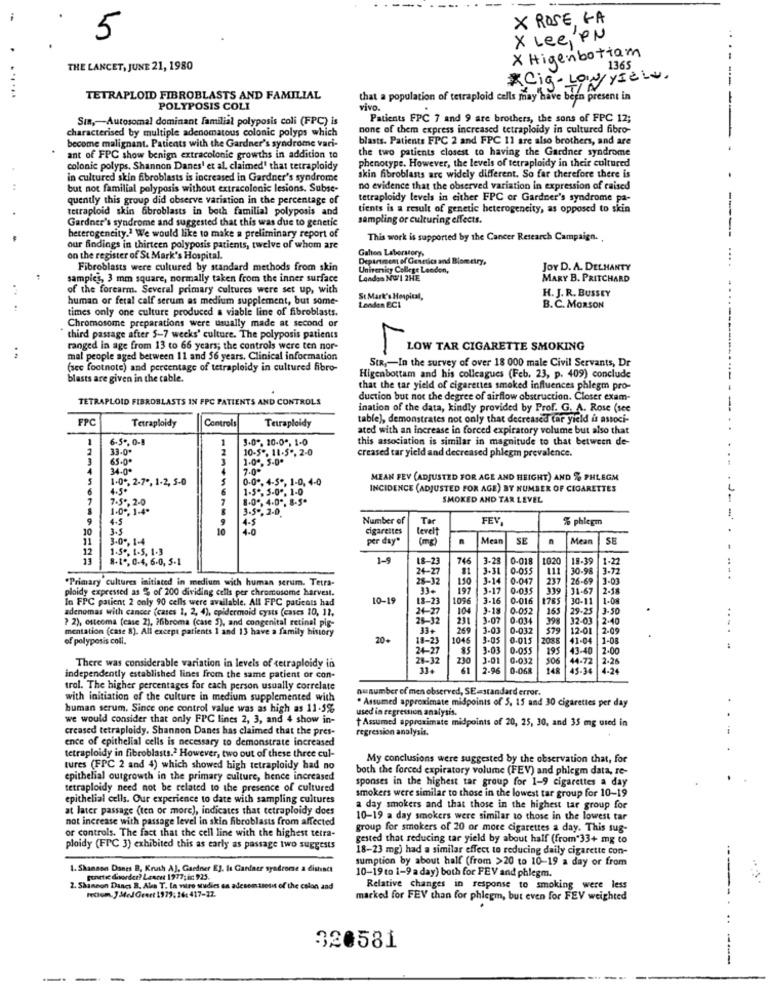
X ROSE, GA
5
X Lee, PN
.
X Higenbotiam
THE LANCET, JUNE 21, 1980
1365
*Cig -Low yield.
.... ....
TETRAPLOID FIBROBLASTS AND FAMILIAL
that a population of tetraploid cells may have been present in
POLYPOSIS COLI
vivo.
SIR ,- Autosomal dominant familial polyposis coli (FPC) is
Patients FPC 7 and 9 are brothers, the sons of FPC 12;
characterised by multiple adenomatous colonic polyps which
none of them express increased tetraploidy in cultured fibro-
blasts. Patients FPC 2 and FPC 11 are also brothers, and are
....-.-
become malignant. Patients with the Gardner's syndrome vari-
the two patients closest to having the Gardner syndrome
ant of FPC show benign extracolonie growths in addition to
phenotype. However, the levels of tetraploidy in their cultured
colonic polyps, Shannon Danes' et al. claimed' that tetraploidy
in cultured skin fibroblasts is increased in Gardner's syndrome
skin fibroblasts arc widely different. So far therefore there is
but not familial polyposis without extracolonic lesions. Subse-
no evidence that the observed variation in expression of raised
quently this group did observe variation in the percentage of
tetraploidy levels in either FPC or Gardner's syndrome pa-
tetraploid skin abroblasts in both familial polyposis and
tients is a result of genetic heterogeneity, as opposed to skin
Gardner's syndrome and suggested that this was due to genetic
sampling or culturing effects.
-----
heterogencity.1 We would like to make a preliminary report of
This work is supported by the Cancer Research Campaign.
our findings in thirteen polyposis patients, twelve of whom are
Galten Laboratory,
on the register of St. Mark's Hospital.
Department of Genetics and Blom ctry,
Fibroblasts were cultured by standard methods from skin
University College London,
JOY D. A. DELHANTY
....
samples, 3 mm square, normally taken from the inner surface
Landes NG/1 2HE
MARY B. PRITCHARD
of the forearm. Several primary cultures were set up, with
H. J. R. BUSSEY
..
human or fetal calf serum as medium supplement, but some-
St Mark's Hospital,
Landen ECI
times only one culture produced a viable line of fibroblasts.
B.C. MORSON
Chromosome preparations were usually made at second or
third passage after 5-7 weeks' culture. The polyposis patients
ranged in age from 13 to 66 years; the controls were ten nor-
LOW TAR CIGARETTE SMOKING
mal people aged between 11 and 56 years. Clinical information
SIR ,- In the survey of over 18 000 male Civil Servants, Dr
L
(scc footnote) and percentage of tetraploidy in cultured fibro-
blasts are given in the cable.
Higenbottam and his colleagues (Feb. 23, p. 409) conclude
that the tar yield of cigarettes smoked influences phlegm pro-
TETRAPLOID FIBROBLASTS IN FPC PATIENTS AND CONTROLS
duction but not the degree of airflow obstruction. Closer exam-
ination of the data, kindly provided by Prof. G. A. Rose (see
FPC
Tetraploidy
table), demonstrates not only that decreased tar yield is associ-
Controls
Tetraploidy
ated with an increase in forced expiratory volume but also that
1
6.50. 0-B
3.0", 10-0", 1-0
this association is similar in magnitude to that between de-
33.0"
2
10-5. 11-5", 2-0
creased tar yield and decreased phlegm prevalence.
65.05
1.00, 5-0*
4
34.0*
7.0*
5
1.0", 2-7", 1-2, 5-0
0.0", 4-5 *, 1-0, 4-0
MEAN FEV (ADJUSTED FOR AGE AND HEIGHT) AND % PHLEGM
4.5º
6
1-5", 5-0", 1-0
INCIDENCE (ADJUSTED FOR AGE) BY NUMBER OF CIGARETTES
7
7-5 *, 2-0
7
8.0", 4.0", 8-5*
SMOKED AND TAR LEVEL
---
1.00, 1-4º
3-50, 2-0.
4.5
4-5
Number of
Tar
FEV,
% phlegm
10
3.5
10
4.0
cigarettes
levelt
11
3.0", 1-4
per day"
(mg)
Mean
SE
n
Mean
SE
17
1.5 . 1.5. 1.3
8-10, 0-4, 6.0, 5-1
1-9
18-23
3-28
0-018
1020
18-39
1-22
24-2
3.31
0-055
111
30-98
3-72
"Primary cultures initiated in medium with human serum. Tetra-
28-32
3-14
0-047
237
26-69
3-01
...
ploidy expressed as % of 200 dividing cells per chromosome harvest.
33+
197
150
3-17
0-03$
339
31-67
2-18
In FPC patient 2 only 90 cells were available. All FPC patients had
10-1
18-23
1096
3-16
0-016
1785
30-11
1-0g
adenomas with cancer (cases 1, 2, 4), epidermoid cysts (cases 10, 12,
24-27
104
3-18
0-052
165
19-25
3-50
? 2), osteoma [case 2), ? fibroma (case 5), and congenital retinal pig-
26-32
231
3.07
0-034
398
32-03
2.40
mentation (case 8). All except patients 1 and 13 have a family history
33+
269
3.03
0-032
579
12-01
2.09
....
of polypesis coll.
20+
19-23
1046
3-05
0.015
2088
41-04
1-08
24-27
85
3-03
0-055
195
43-40
2.00
:
28-32
230
3-01
0.032
506
44-72
2.26
There was considerable variation in levels of tetraploidy in
33+
61
2-96
0-068
145
45-34
4-24
independently established lines from the same patient or con-
trol. The higher percentages for each person usually correlate
nunumber of men observed, SE=standard error.
with initiation of the culture in medium supplemented with
. Assumed approximate midpoints of 5. 15 and 30 cigarettes per day
human serum. Since one control value was as high as 11-5%
used in regression analysis.
we would consider that only FPC lines 2, 3, and 4 show in-
Assumed approximate midpoints of 20, 25, 30, and 35 mg used in
creased tetraploidy. Shannon Danes has claimed that the pres-
regression analysis.
ence of epithelial cells is necessary to demonstrate increased
tetraploidy in fibroblasts.2 However, two out of these three cul-
My conclusions were suggested by the observation that, for
tures (FPC 2 and 4) which showed high tetraploidy had no
both the forced expiratory volume (FEV) and phlegm data, re-
epithelial outgrowth in the primary culture, hence increased
sponses in the highest tar group for 1-9 cigarettes a day
tetraploidy need not be related to the presence of cultured
epithelial cells. Our experience to date with sampling cultures
smokers were similar to those in the lowest tar group for 10-19
at later passage (ten or more), indicates that tetraploidy does
a day smokers and that those in the highest tar group for
not increase with passage level in skin fibroblasts from affected
10-19 a day smokers were similar to those in the lowest tar
group for smokers of 20 or more cigarettes a day. This sug-
or controls. The fact that the cell line with the highest tetra-
gested that reducing tar yield by about half (from"33+ mg to
ploidy (FTC 3) exhibited this as early as passage two suggests
18-23 mg) had a similar effect to reducing daily cigarette con-
sumption by about half (from >20 to 10-19 a day or from
1. Shannon Danes B. Krush AJ, Gardner E]. la Ganiaer syndrome a distinct
ponete daorder? Lescut 1977; ic 925.
10-19 to 1-9 a day) both for FEV and phlegm.
.. ...
2. Shannon Dancs B. Alen T. In vitro studies on adesomssesit of the colon and
rectum. ] Med Geert 1979; 16: 417-17.
Relative changes in response to smoking were less
marked for FEV than for phlegm, but even for FEV weighted
320581
---